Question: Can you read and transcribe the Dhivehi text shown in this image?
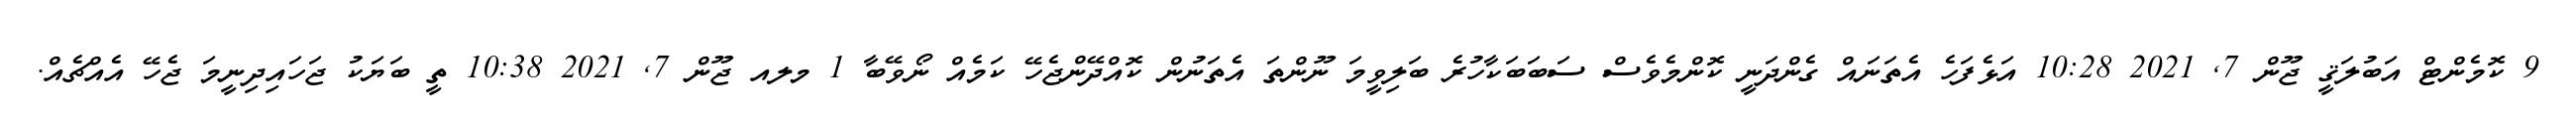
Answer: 9 ކޮމެންޓް އަބުލަޤީ ޖޫން 7, 2021 10:28 އަޅެފަހެ އެތަނައް ގެންދަނީ ކޮންމެވެސް ސަބަބަކާހުރެ ބަލިވީމަ ނޫންތަ އެތަނުން ކޮއްދޭންޖެހޭ ކަމެއް ނޯވޭބާ 1 މލއ ޖޫން 7, 2021 10:38 ތީ ބަޔަކު ޖަހައިދިނީމަ ޖެހޭ އެއްޗެއް.